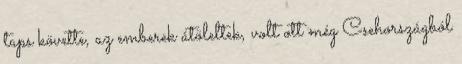
taps követte, az emberek átöleltek, volt ott még Csehországból